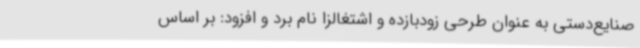
صنایع‌دستی به عنوان طرحی زودبازده و اشتغالزا نام برد و افزود: بر اساس